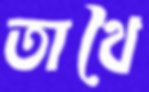
তাথৈ